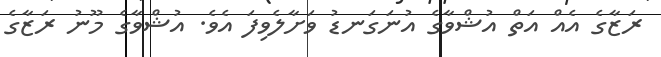
ރަޒާގެ އެއް އަތް އުޝްވާގެ އުނަގަނޑު ވަށާލެވިފަ އެވެ. އުޝްވާގެ މޫނު ރަޒާގެ